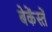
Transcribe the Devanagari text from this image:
बेकेंस्तें